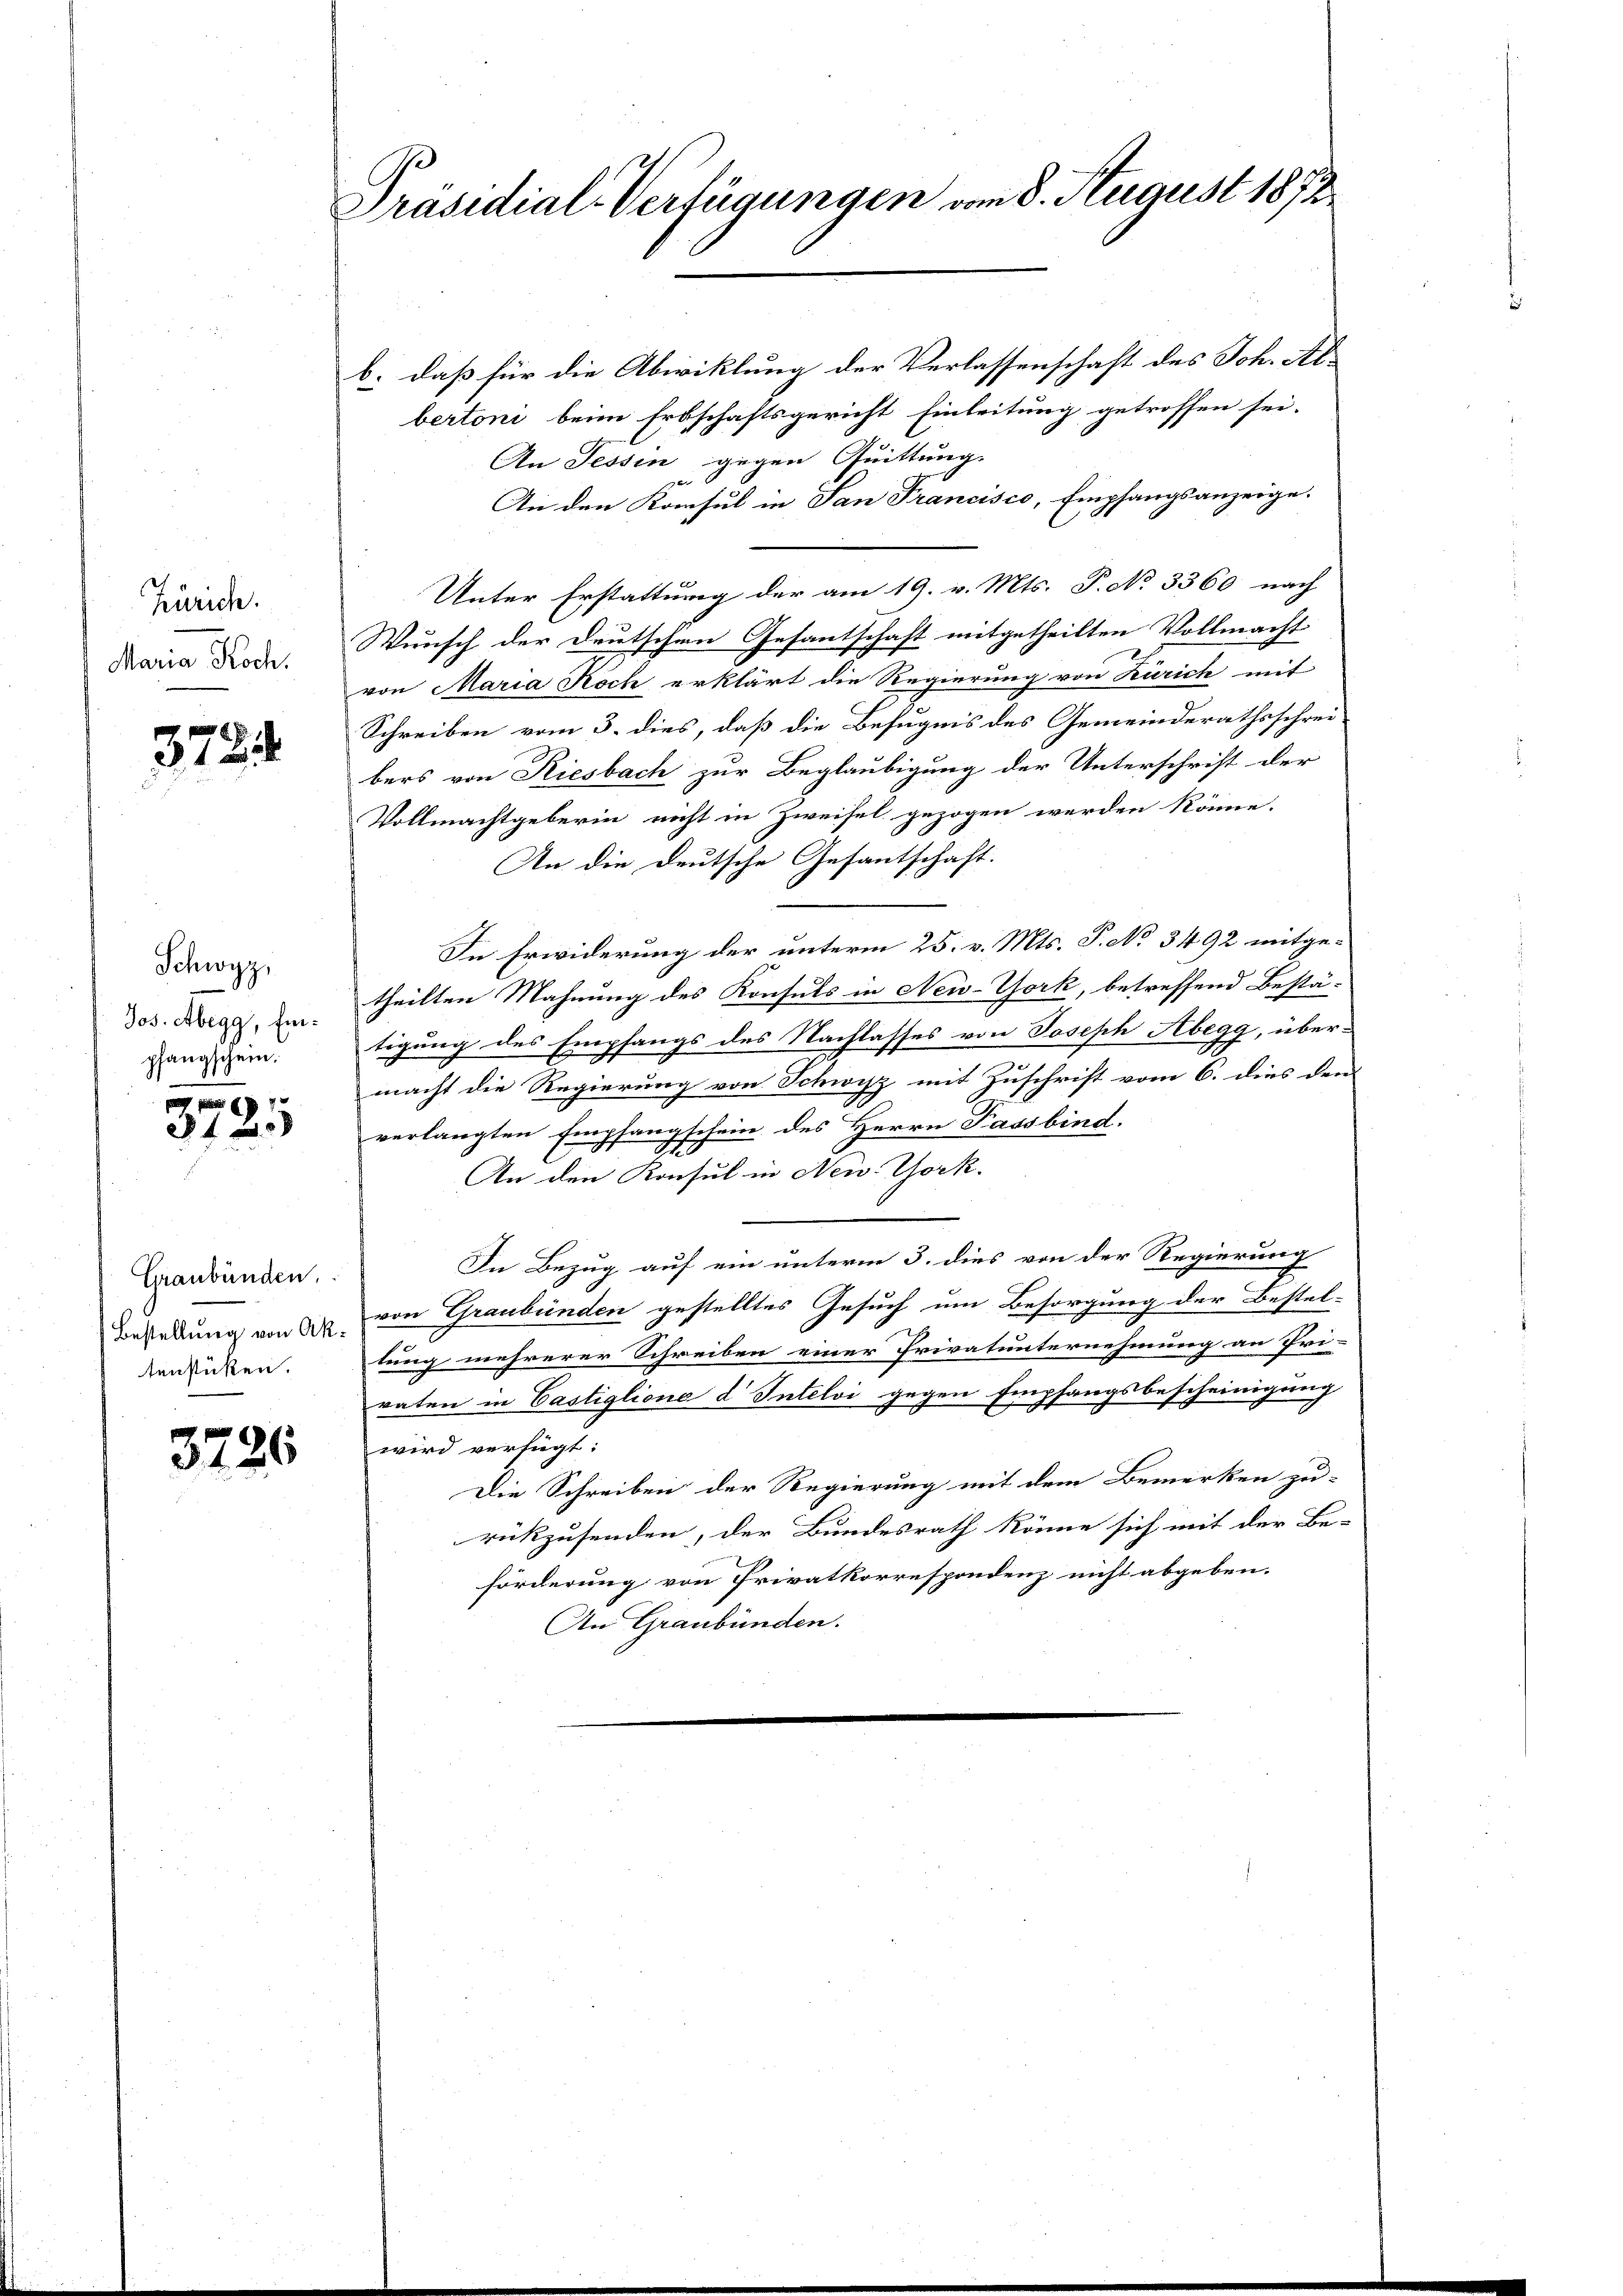
Zürich.
Maria Koch.

378.

Schwyz,
Jos. Abegg, Einpfangschein.

c
24

Graubünden,
Bestellung von Aktenstücken.

3726

Präsidial-Verfügungen vom 8. August 1872

b. daß für die Abwicklung der Verlassenschaft des Joh. Abbertoni beim Erbschaftsgericht Einleitung getroffen sei.
An Tessin gegen Quittung.
An den Konsul in San Francisco, Empfangsanzeige.
Unter Erstattung der am 19. v. Mts. P. No 3360 nach
Wunsch der Deutschen Gesantschaft mitgetheilten Vollmacht
von Maria Roch erklärt die Regierung von Zürich mit
Schreiben vom 3. dies, daß die Befugnis des Gemeinderathsschrei-
bers von Riesbach zur Beglaubigung der Unterschrift der
Vollmachtgeberin nicht in Zweifel gezogen werden könne.
An die Deutsche Gesantschaft.
In Erwiderung der unterm 25. v. Mts. P. No 3492 mitgetheilten Mahnung des Konsuls in New-York, betreffend Bestä-
tigung des Empfangs des Nachlasses von Joseph Abegg, über-
macht die Regierung von Schwyz mit Zuschrift vom 6. dies den
verlangten Empfangschein des Herrn Passbind.
S
An den Konsul in New York.
In Bezug auf ein unterm 3. dies von der Regierung
von Graubünden gestelltes Gesuch um Besorgung der Bestel-
tung mehrerer Schreiben einer Privatunternehmung an Pri-
raten in Castiglione d Intelvi gegen Empfangsbescheinigung
wird verfügt:
Die Schreiben der Regierung mit dem Bemerken zu-
rükzusenden, der Bundesrath könne sich mit der Be-
förderung von Privatkorrespondenz nicht abgeben.
An Graubünden.